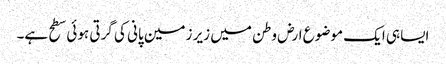
ایسا ہی ایک موضوع ارض وطن میں زیر زمین پانی کی گرتی ہوئی سطح ہے۔